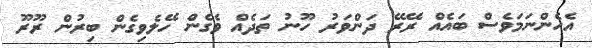
އެހެންނަމަވެސް ބައެއް ރޭރޭ ދަންވަރު ހޫނު ތަދެއް ވެގެން ހޭލެވިގެން ބިރުން ރޫރޫ